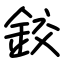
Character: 鉸